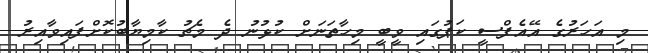
މި އަހަރުގެ އޭއެފްސީ ކަޕުގައި ވީބީ މިހާތަނަށް ކުޅުނު ދެ މެޗު ކާމިޔާބުކޮށްފައިވާއިރު